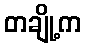
တချို့က